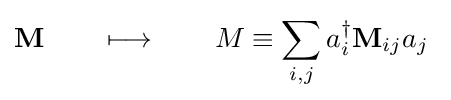
{\mathbf {M} }\qquad \longmapsto \qquad M\equiv \sum _{i,j}a_{i}^{\dagger }{\mathbf {M} }_{ij}a_{j}~